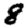
Digit: 8